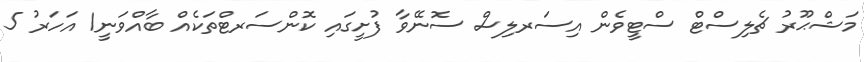
މަޝްޙޫރު ޗެލިސްޓް ސްޓީވެން އިސަރލިސް ސޮނޭވާ ފުށީގައި ކޮންސަރޓްތަކެއް ބާއްވަނީ1 އަހަރު 5